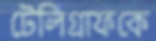
টেলিগ্রাফকে